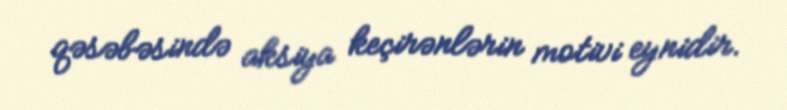
qəsəbəsində aksiya keçirənlərin motivi eynidir.